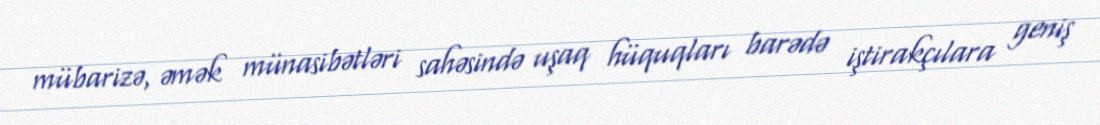
mübarizə, əmək münasibətləri sahəsində uşaq hüquqları barədə iştirakçılara geniş